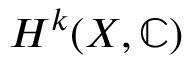
H ^ { k } ( X , \mathbb { C } )